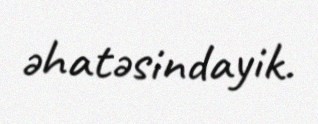
əhatəsindayik.